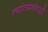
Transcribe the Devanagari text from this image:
त्यांच्यानंतरही